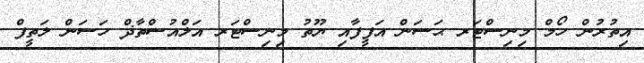
އިތުރުން ހޯމް މިނިސްޓަރ ޙަސަން އަފީފާއި ޔޫތު މިނިސްޓަރ އަލްއުސްތާޛް ހަސަން ލަތީފް